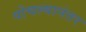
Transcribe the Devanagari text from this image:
पोचल्यानंतर